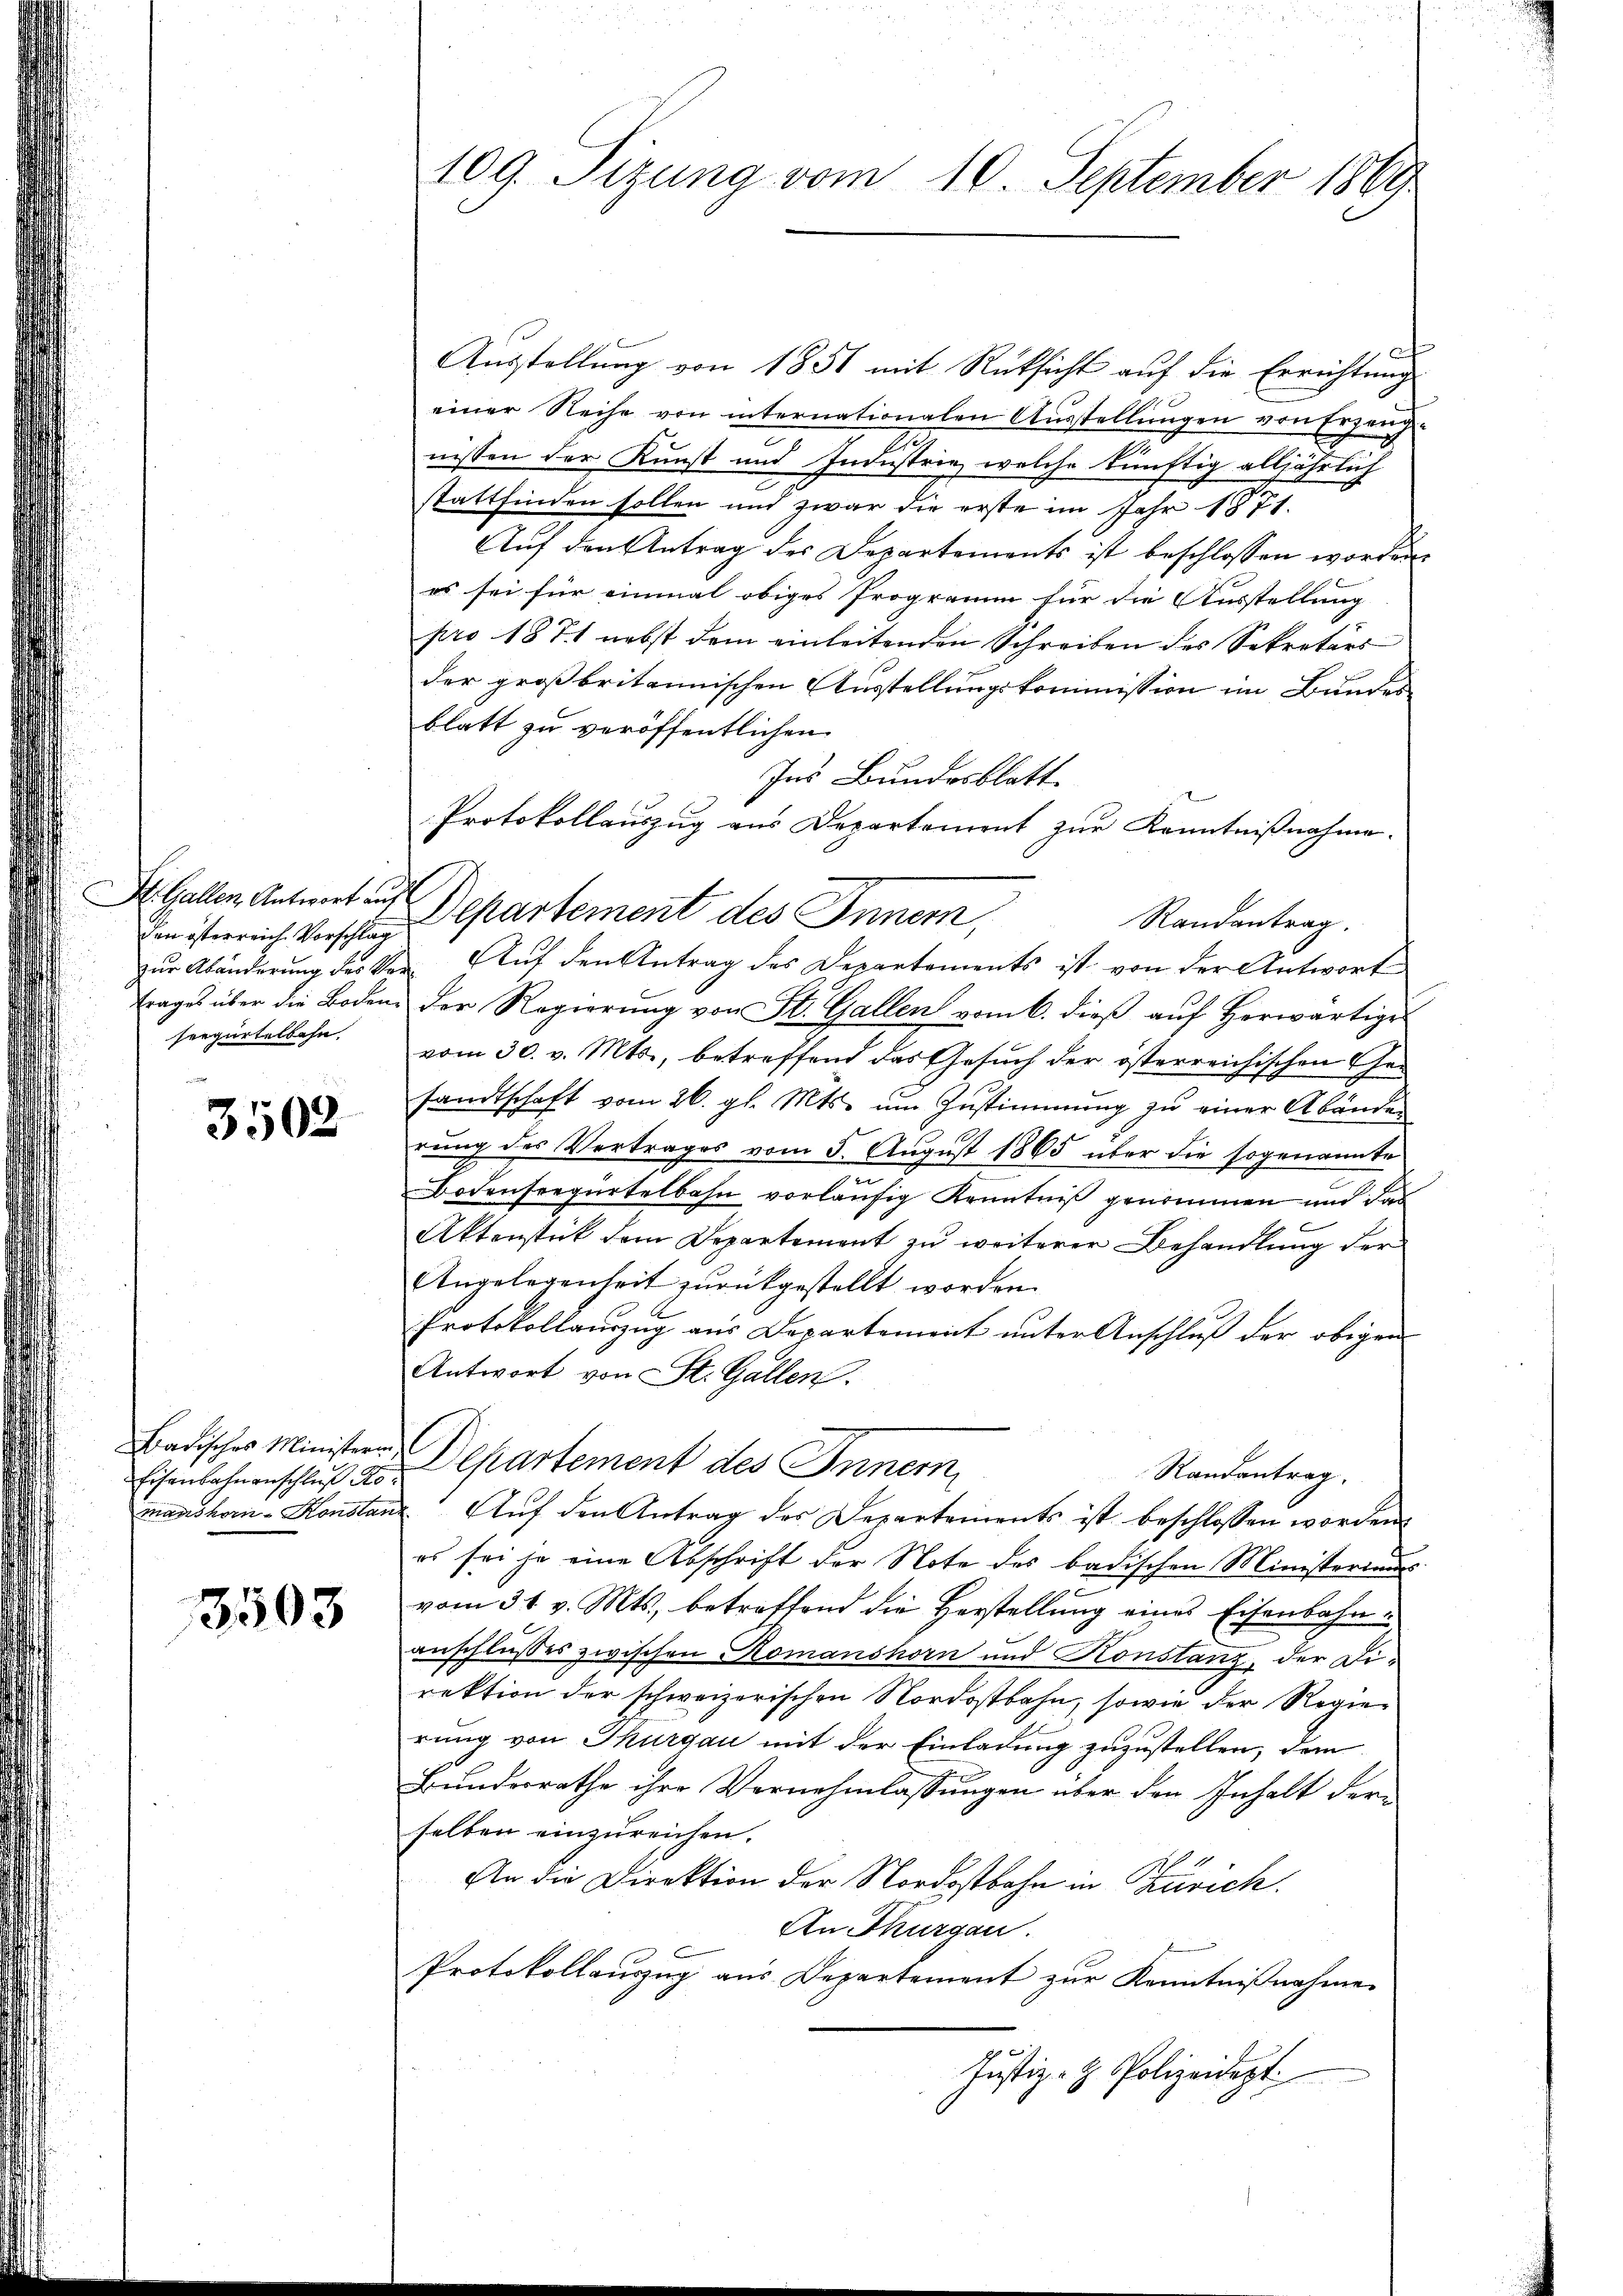
den österreich Vorschlag
seegartelbahn.

3502

Badisches Ministerin.
Eisenbahnanschluß Komanshor-Konstan

3503

109. Sizung vom 10. September 1869

x
Ausstellung von 1856 mit Rücksicht auf die Errichtung
einer Reihe von internationalen Ausstellungen von Erzeugnissen der Kunst und Industrie, welche künftig alljährlich
stattfinden sollen und zwar die erste im Jahr 1871.
Auf den Antrag des Departements ist beschlossen worden.
es sei für einmal obiges Programm für die Ausstellung
pro 1871 nebst dem einleitenden Schreiben des Sekretärs
der großbritannischen Ausstellungskommission im Bundes
blatt zu veröffentlichen
Ins Bundesblatt.
Protokollauszug aus Departement zur Kenntnißnahme.
Dr. Gallen Antwort aus Departement des Inner,
Randantrag.
zur Abänderung des Ver Auf den Antrag des Departements ist von der Antwort
trages über die Boden. Der Regierung von St. Gallen vom 6. dieß auf Herwärtige
vom 30. v. Mts., betreffend das Gesuch der österreichischen Gesandtschaft vom 26. gl. Mts. ŭm Zŭstimmung zŭ einer Abänden
rung des Vertrages vom 5. August 1865 über die sogenannte
.
Bodensregürtelbahn vorläufig Kenntniß genommen und das
Aktenstück dem Departement zu weiterer Behandlung der
Angelegenheit zŭrückgestellt worden.
Protokollauszug aus Departement unter Anschluß der obigen
Antwort von St. Gallen.
Departement des Innern,
Randantrag
Auf den Antrag des Departements ist beschlossen worden
es sei je eine Abschrift der Note des badischen Ministeriums
vom 31. v. Mts., betreffend die Herstellung eines Eisenbahnanschlusses zwischen Romanshorn und Konstanz, der Direktion der schweizerischen Nordostbahn, sowie der Regierung von Thurgau mit der Einladung zuzustellen, dem
Bundesrathe ihre Vernehmlassungen über den Inhalt derselben einzureichen.
An die Direktion der Nordostbahn in Zürich.
An Thurgau.
Protokollauszug aus Departement zur Kenntniβnahme
Justiz- & Polizeidept.